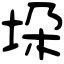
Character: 垜